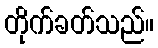
တိုက်ခတ်သည်။